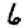
Digit: 6